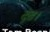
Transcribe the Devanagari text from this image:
दृढ़।